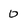
Character: 0